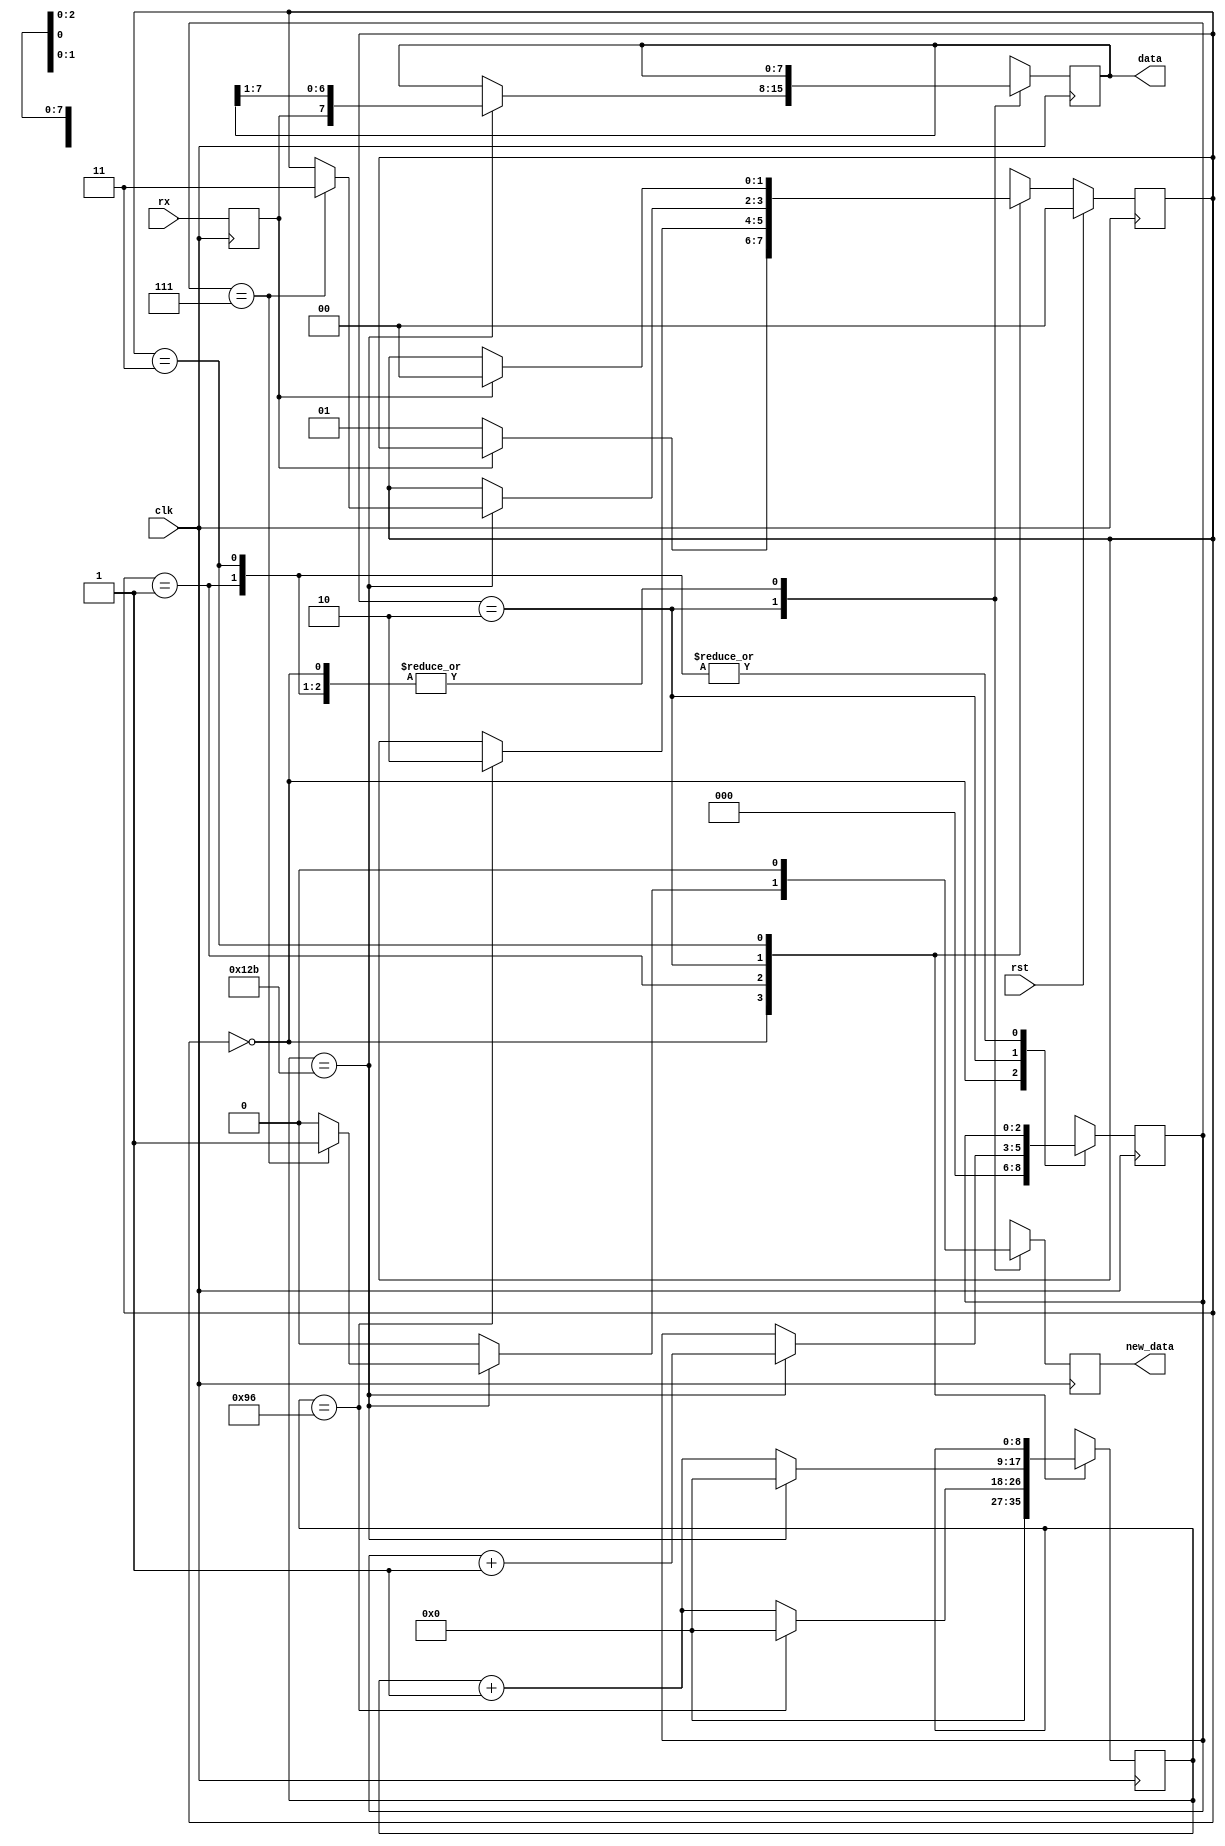
/*
   This file was generated automatically by the Mojo IDE version B1.3.5.
   Do not edit this file directly. Instead edit the original Lucid source.
   This is a temporary file and any changes made to it will be destroyed.
*/

/*
   Parameters:
     CLK_FREQ = CLK_FREQ
     BAUD = BAUD
*/
module uart_rx_45 (
    input clk,
    input rst,
    input rx,
    output reg [7:0] data,
    output reg new_data
  );
  
  localparam CLK_FREQ = 28'h8f0d180;
  localparam BAUD = 19'h7a120;
  
  
  localparam CLK_PER_BIT = 30'h0000012c;
  
  localparam CTR_SIZE = 4'h9;
  
  localparam IDLE_state = 2'd0;
  localparam WAIT_HALF_state = 2'd1;
  localparam WAIT_FULL_state = 2'd2;
  localparam WAIT_HIGH_state = 2'd3;
  
  reg [1:0] M_state_d, M_state_q = IDLE_state;
  reg [8:0] M_ctr_d, M_ctr_q = 1'h0;
  reg [2:0] M_bitCtr_d, M_bitCtr_q = 1'h0;
  reg [7:0] M_savedData_d, M_savedData_q = 1'h0;
  reg M_newData_d, M_newData_q = 1'h0;
  reg M_rxd_d, M_rxd_q = 1'h0;
  
  always @* begin
    M_state_d = M_state_q;
    M_newData_d = M_newData_q;
    M_bitCtr_d = M_bitCtr_q;
    M_savedData_d = M_savedData_q;
    M_rxd_d = M_rxd_q;
    M_ctr_d = M_ctr_q;
    
    M_rxd_d = rx;
    M_newData_d = 1'h0;
    data = M_savedData_q;
    new_data = M_newData_q;
    
    case (M_state_q)
      IDLE_state: begin
        M_bitCtr_d = 1'h0;
        M_ctr_d = 1'h0;
        if (M_rxd_q == 1'h0) begin
          M_state_d = WAIT_HALF_state;
        end
      end
      WAIT_HALF_state: begin
        M_ctr_d = M_ctr_q + 1'h1;
        if (M_ctr_q == 30'h00000096) begin
          M_ctr_d = 1'h0;
          M_state_d = WAIT_FULL_state;
        end
      end
      WAIT_FULL_state: begin
        M_ctr_d = M_ctr_q + 1'h1;
        if (M_ctr_q == 31'h0000012b) begin
          M_savedData_d = {M_rxd_q, M_savedData_q[1+6-:7]};
          M_bitCtr_d = M_bitCtr_q + 1'h1;
          M_ctr_d = 1'h0;
          if (M_bitCtr_q == 3'h7) begin
            M_state_d = WAIT_HIGH_state;
            M_newData_d = 1'h1;
          end
        end
      end
      WAIT_HIGH_state: begin
        if (M_rxd_q == 1'h1) begin
          M_state_d = IDLE_state;
        end
      end
      default: begin
        M_state_d = IDLE_state;
      end
    endcase
  end
  
  always @(posedge clk) begin
    M_ctr_q <= M_ctr_d;
    M_bitCtr_q <= M_bitCtr_d;
    M_savedData_q <= M_savedData_d;
    M_newData_q <= M_newData_d;
    M_rxd_q <= M_rxd_d;
    
    if (rst == 1'b1) begin
      M_state_q <= 1'h0;
    end else begin
      M_state_q <= M_state_d;
    end
  end
  
endmodule